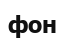
фон